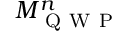
M _ { \mathrm { ~ Q ~ W ~ P ~ } } ^ { n }